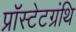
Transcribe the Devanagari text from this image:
प्रॉस्टेटग्रंथि